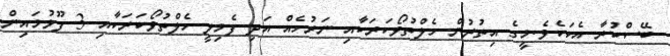
ބޭސްކުރާ އެކަކެވެ.މީގެ އިތުރުން ހެލްތުވޯކަރަކާއި ނަރުހެއް އަދި ފެމިލީ ހެލްތުވޯކަރަކާއި 3 ފޫޅުމައިން